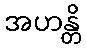
အဟန္တိ